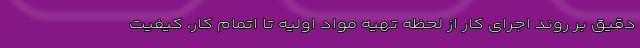
دقیق بر روند اجرای کار از لحظه تهیه مواد اولیه تا اتمام کار، کیفیت